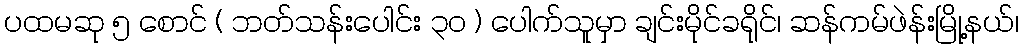
ပထမဆု ၅ စောင် ( ဘတ်သန်းပေါင်း ၃၀ ) ပေါက်သူမှာ ချင်းမိုင်ခရိုင်၊ ဆန်ကမ်ဖဲန်းမြို့နယ်၊